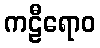
ကဠီရောဝ